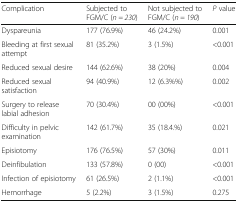
<table><thead><tr><td><b>Complication</b></td><td><b>Subjected to FGM/C (<i>n = 230</i>)</b></td><td><b>Not subjected to FGM/C (<i>n = 190</i>)</b></td><td><b><i>P</i> value</b></td></tr></thead><tbody><tr><td>Dyspareunia</td><td>177 (76.9%)</td><td>46 (24.2%)</td><td>0.001</td></tr><tr><td>Bleeding at first sexual attempt</td><td>81 (35.2%)</td><td>3 (1.5%)</td><td>&lt;0.001</td></tr><tr><td>Reduced sexual desire</td><td>144 (62.6%)</td><td>38 (20%)</td><td>0.004</td></tr><tr><td>Reduced sexual satisfaction</td><td>94 (40.9%)</td><td>12 (6.3%%)</td><td>0.002</td></tr><tr><td>Surgery to release labial adhesion</td><td>70 (30.4%)</td><td>00 (00%)</td><td>&lt;0.001</td></tr><tr><td>Difficulty in pelvic examination</td><td>142 (61.7%)</td><td>35 (18.4.%)</td><td>0.021</td></tr><tr><td>Episiotomy</td><td>176 (76.5%)</td><td>57 (30%)</td><td>0.011</td></tr><tr><td>Deinfibulation</td><td>133 (57.8%)</td><td>0 (00)</td><td>&lt;0.001</td></tr><tr><td>Infection of episiotomy</td><td>61 (26.5%)</td><td>2 (1.1%)</td><td>&lt;0.001</td></tr><tr><td>Hemorrhage</td><td>5 (2.2%)</td><td>3 (1.5%)</td><td>0.275</td></tr></tbody></table>